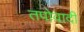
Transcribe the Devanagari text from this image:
तपोवादी